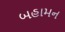
બહામન